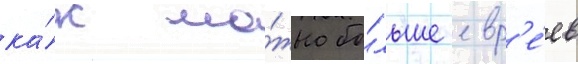
ка́к мо́жно бо́льше евр'е́ев